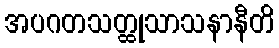
အပဂတသတ္ထုသာသနာနီတိ